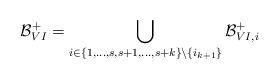
LaTeX: \begin{align*}\mathcal{B}^+_{VI}=\bigcup_{i\in\left\{1,\dots,s,s+1,\dots,s+k\right\}\backslash\left\{i_{k+1}\right\}}\mathcal{B}^+_{VI,i}\end{align*}